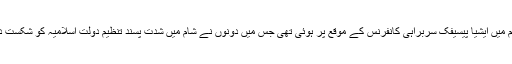
دونوں رہنماؤں کی آخری ملاقات گذشتہ ماہ ویتنام میں ایشیا پیسیفک سربراہی کانفرنس کے موقع پر ہوئی تھی جس میں دونوں نے شام میں شدت پسند تنظیم دولت اسلامیہ کو شکست دینے کے لیے مل کر کام کرنے پر اتفاق کیا ہے۔